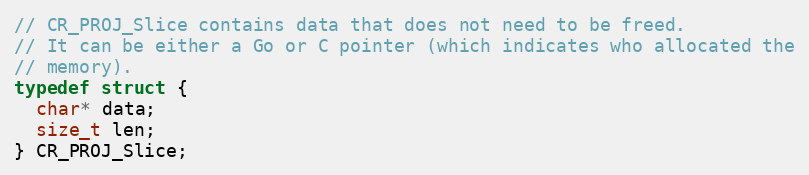
Language: C
// CR_PROJ_Slice contains data that does not need to be freed.
// It can be either a Go or C pointer (which indicates who allocated the
// memory).
typedef struct {
  char* data;
  size_t len;
} CR_PROJ_Slice;